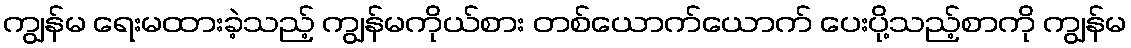
ကျွန်မ ရေးမထားခဲ့သည့် ကျွန်မကိုယ်စား တစ်ယောက်ယောက် ပေးပို့သည့်စာကို ကျွန်မ